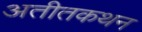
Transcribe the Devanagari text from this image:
अतीतकथन